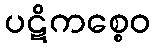
ပဋိကစ္စေဝ